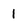
Character: l